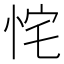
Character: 㤞